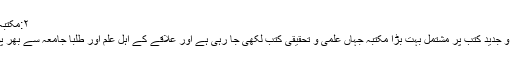
۲:مکتبہ دارلحدیث راجووال
ادارہ میں قیمتی قدیم و جدید کتب پر مشتمل بہت بڑا مکتبہ جہاں علمی و تحقیقی کتب لکھی جا رہی ہے اور علاقے کے اہل علم اور طلبا جامعہ سے بھر پور فائدہ اٹھاتے ہیں۔